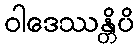
ဝါဒေဿန္တိပိ